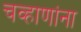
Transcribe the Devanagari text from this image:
चव्हाणांना